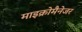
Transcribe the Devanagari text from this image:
माइक्रोमैनेजर